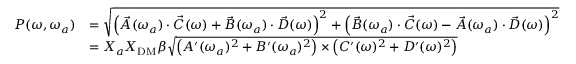
\begin{array} { r l } { P ( \omega , \omega _ { a } ) } & { = \sqrt { \left( \vec { A } ( \omega _ { a } ) \cdot \vec { C } ( \omega ) + \vec { B } ( \omega _ { a } ) \cdot \vec { D } ( \omega ) \right) ^ { 2 } + { \left( \vec { B } ( \omega _ { a } ) \cdot \vec { C } ( \omega ) - \vec { A } ( \omega _ { a } ) \cdot \vec { D } ( \omega ) \right) ^ { 2 } } } \, } \\ & { = X _ { a } X _ { \mathrm { D M } } \beta \sqrt { \left( A ^ { \prime } ( \omega _ { a } ) ^ { 2 } + B ^ { \prime } ( \omega _ { a } ) ^ { 2 } \right) \times \left( C ^ { \prime } ( \omega ) ^ { 2 } + D ^ { \prime } ( \omega ) ^ { 2 } \right) } } \end{array}